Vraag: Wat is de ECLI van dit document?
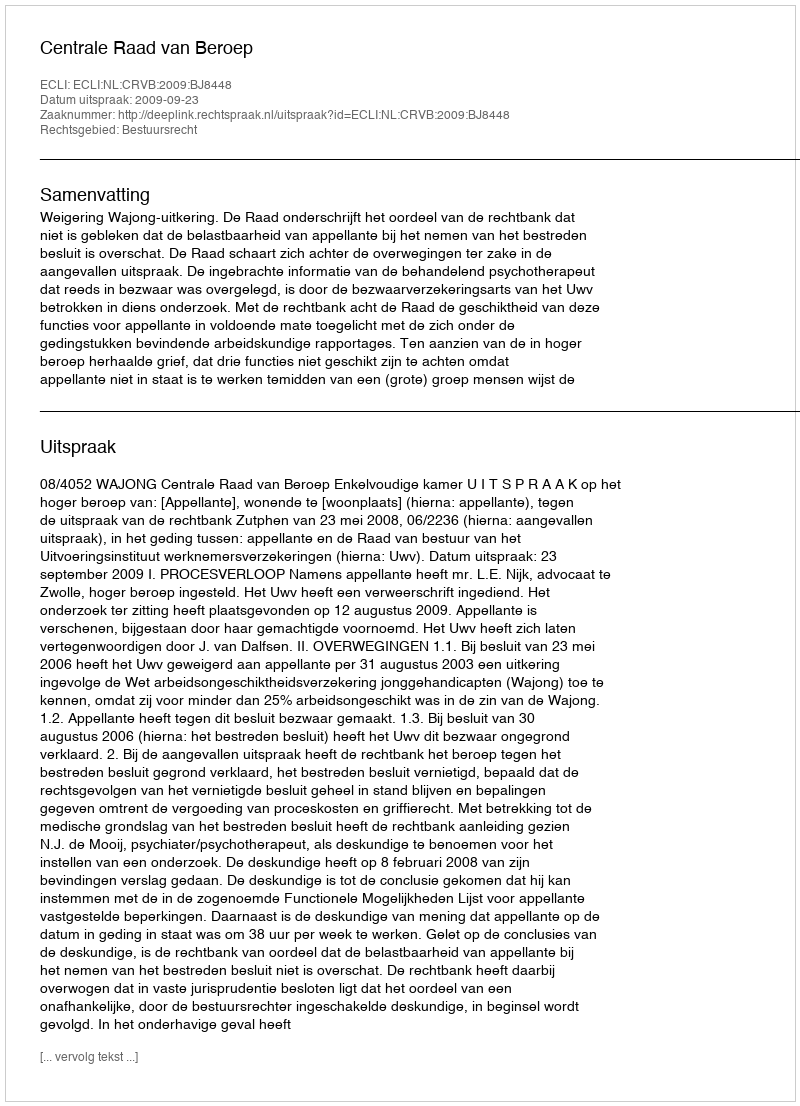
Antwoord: ECLI:NL:CRVB:2009:BJ8448